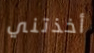
أخذتني